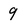
Character: 9